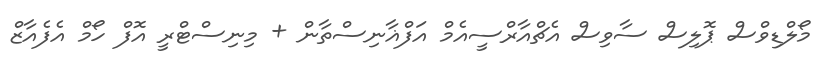
މޯލްޑިވްސް ޕޮލިސް ސާވިސް އެޗްއާރްސީއެމް އަފްޣާނިސްތާން + މިނިސްޓްރީ އޮފް ހޯމް އެފެއާޒް